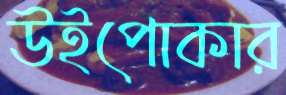
উইপোকার